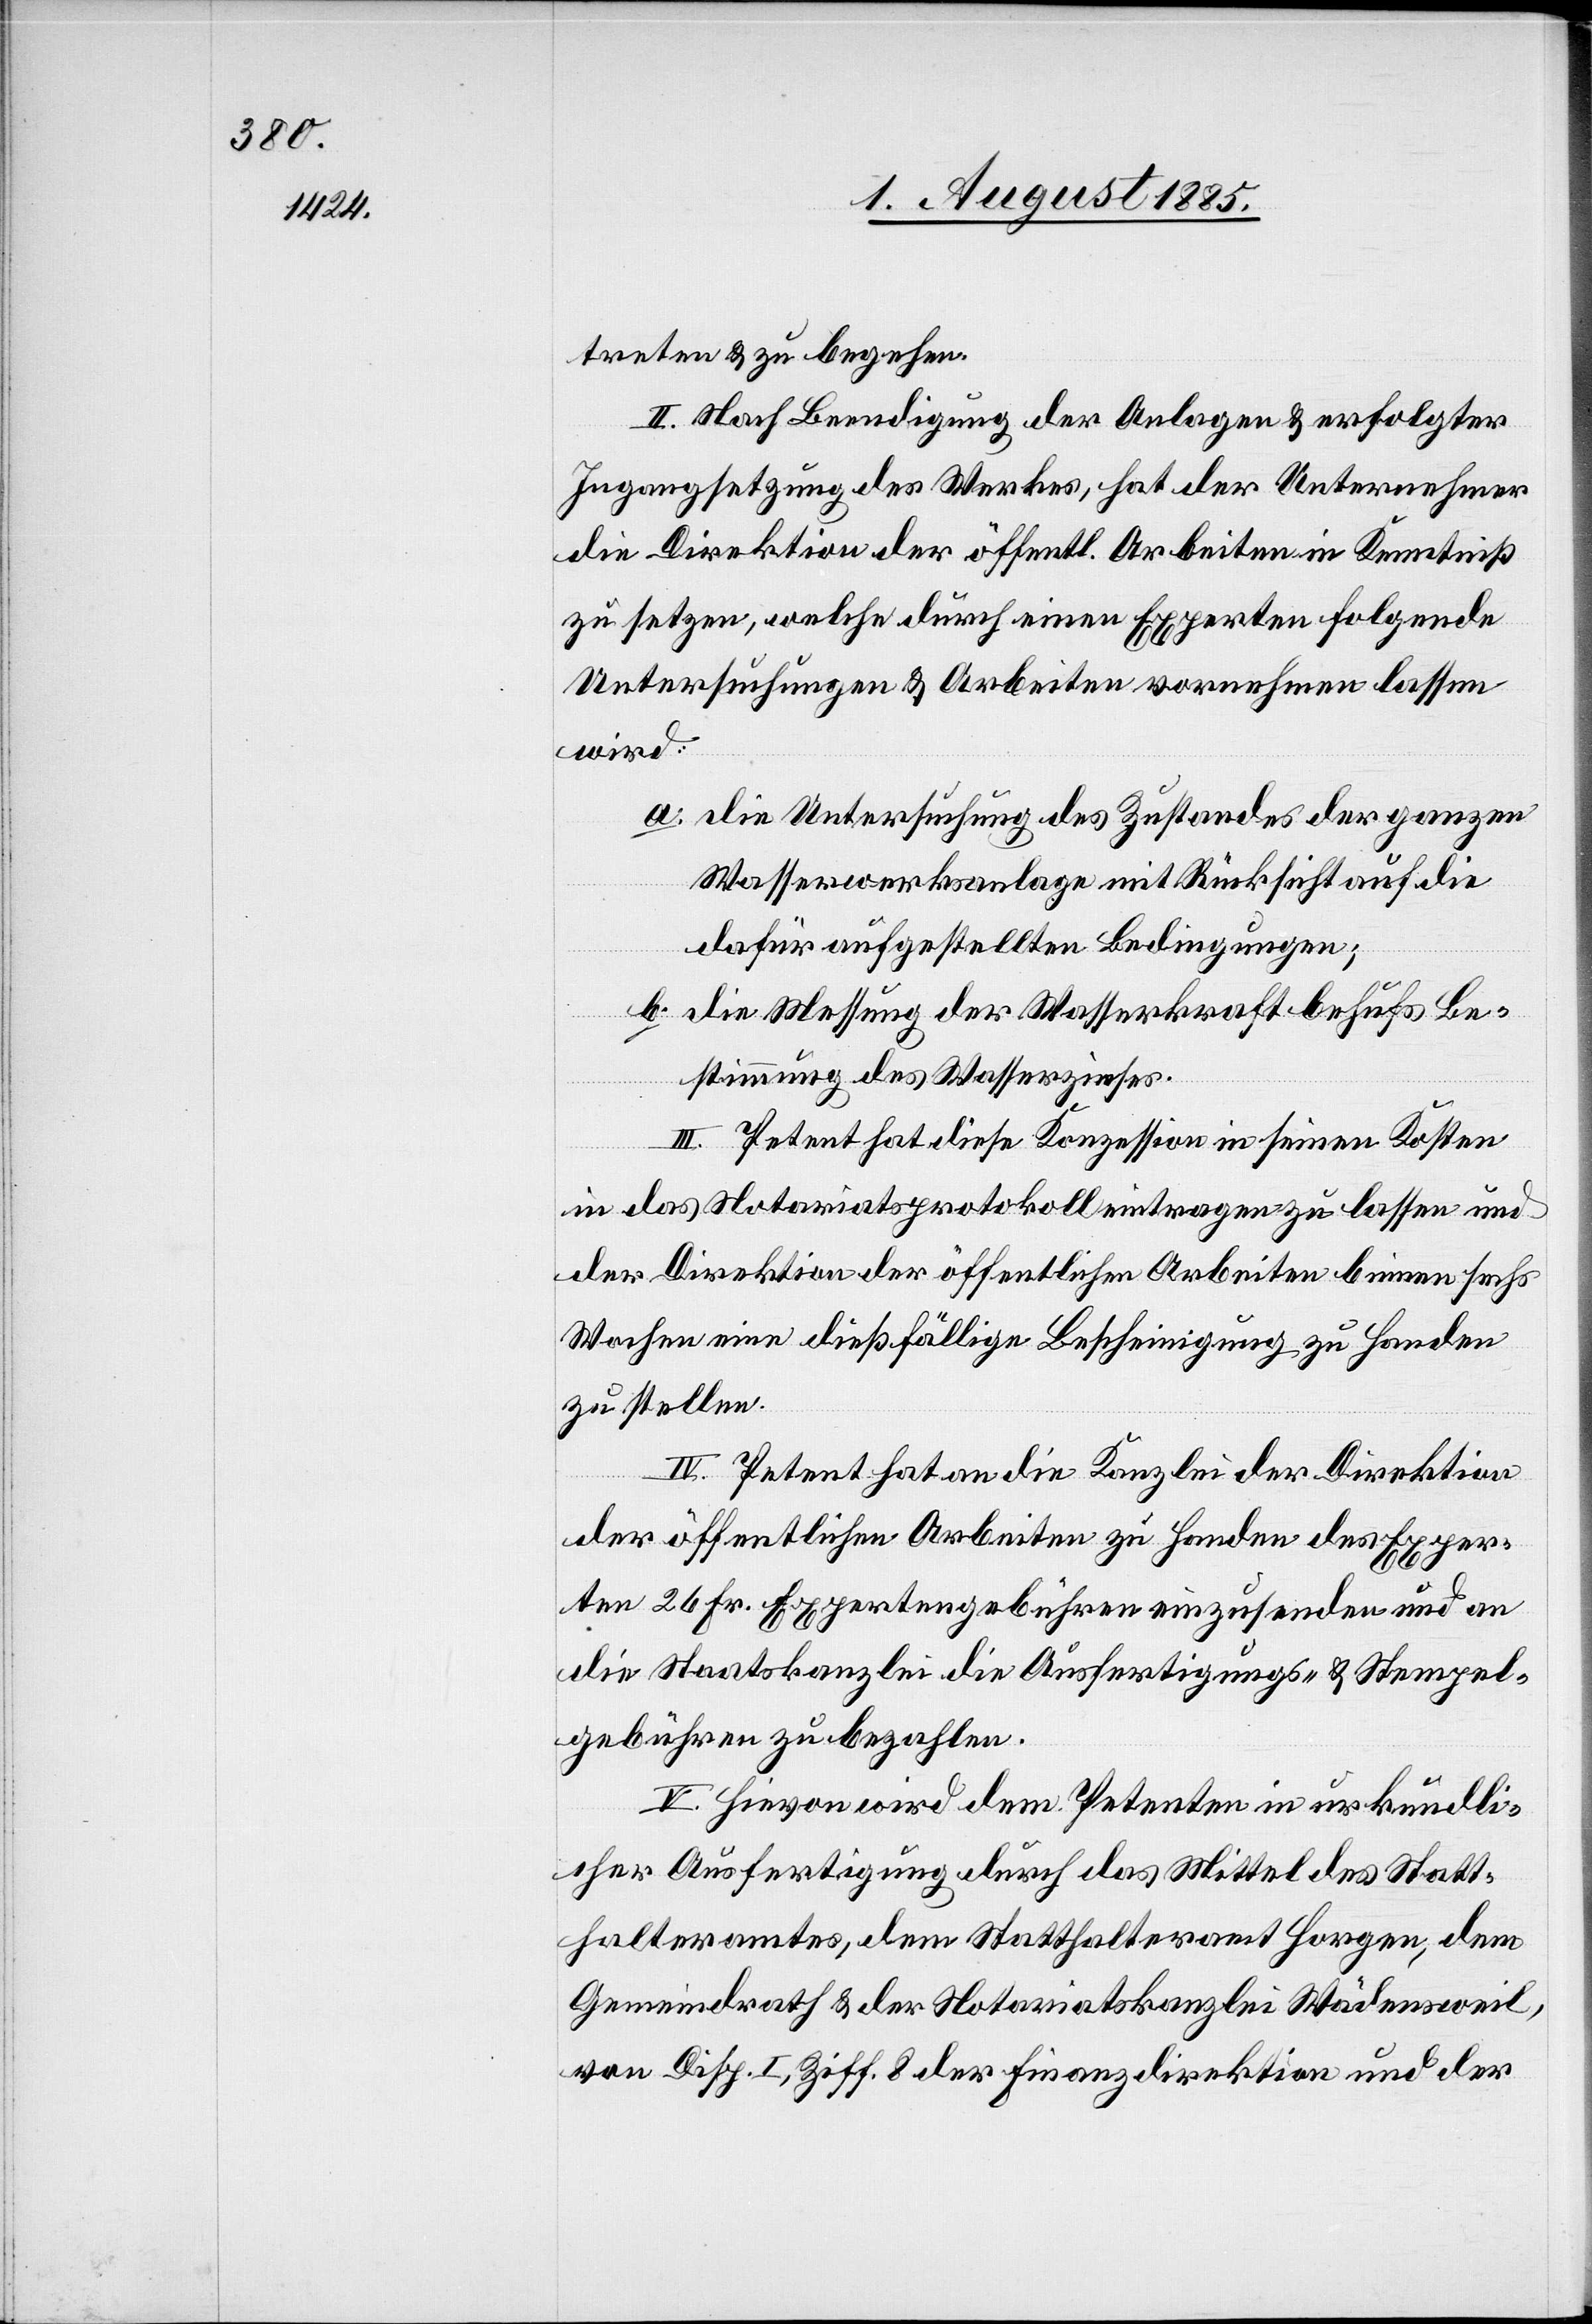
treten & zu begehen.
II. Nach Beendigung der Anlagen & erfolgter
Ingangsetzung des Werkes, hat der Unternehmer
die Direktion der öffentl. Arbeiten in Kenntniß
zu setzen, welche durch einen Experten folgende
Untersuchungen & Arbeiten vornehmen lassen
wird:
a. die Untersuchung des Zustandes der ganzen
Wasserwerksanlage mit Rücksicht auf die
dafür aufgestellten Bedingungen;
b. die Messung der Wasserkraft behufs Be¬
stimmung des Wasserzinses.
III. Petent hat diese Konzession in seinen Kosten
in das Notariatsprotokoll eintragen zu lassen und
der Direktion der öffentlichen Arbeiten binnen sechs
Wochen eine dießfällige Bescheinigung zu Handen
zu stellen.
IV. Petent hat an die Kanzlei der Direktion
der öffentlichen Arbeiten zu Handen des Exper¬
ten 26 Fr. Expertengebühren einzusenden und an
die Staatskanzlei die Ausfertigung- & Stempel¬
gebühren zu bezahlen.
V. Hievon wird dem Petenten in urkundli¬
cher Ausfertigung durch das Mittel des Statt¬
halteramtes, dem Statthalteramt Horgen, dem
Gemeindrath & der Notariatskanzlei Wädensweil,
von Disp. I, Ziff. 8 der Finanzdirektion und der